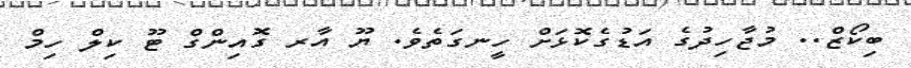
ބިކޯޒް.. މުޖާހިދުގެ އަޑުގެކޮޅަށް ހީނގަތެވެ. ޔޫ އާރ ގޮއިންގް ޓޫ ކިލް ހިމް